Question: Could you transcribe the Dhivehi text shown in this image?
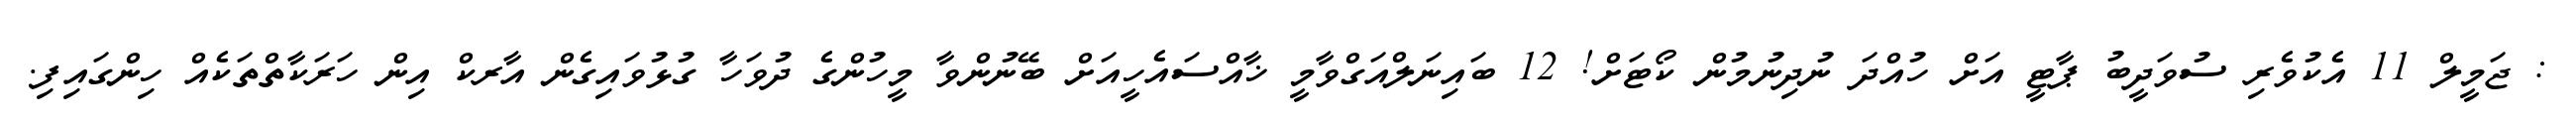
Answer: : ޖަމީލް 11 އެކުވެރި ސުވަދީބު ޕާޓީ އަށް ހުއްދަ ނުދިނުމުން ކޯޓަށް! 12 ބައިނަލްއަގްވާމީ ޚާއްސައެހީއަށް ބޭނުންވާ މީހުންގެ ދުވަހާ ގުޅުވައިގެން އާރކް އިން ހަރަކާތްތަކެއް ހިންގައިފި.